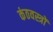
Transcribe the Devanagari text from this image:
कंठवस्त्रों